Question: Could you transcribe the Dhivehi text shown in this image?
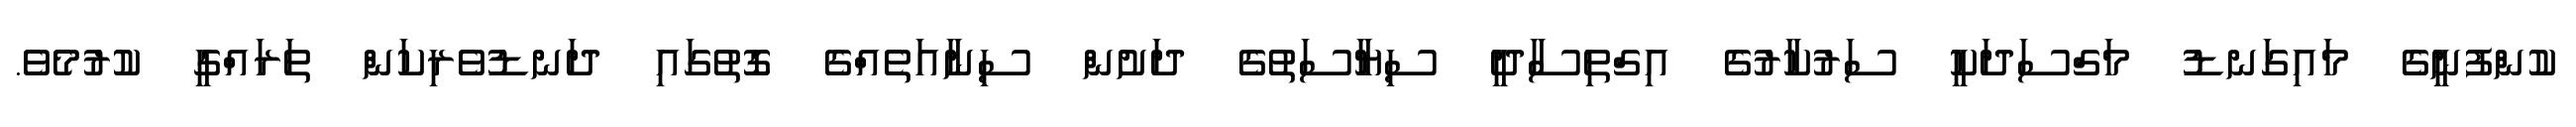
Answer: ކުންފުނީގެ މައިގަނޑު މަގްސަދަކީ ސަރުކާރުގެ އިގްތިސާދީ ސިޔާސަތުގެ ދަށުން ސިނާއަތެއްގެ ގޮތުގައި ދަނޑުވެރިކަން ތަރައްގީ ކުރުމެވެ.